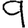
Digit: 9